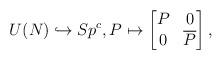
LaTeX: \begin{align*}U(N)\hookrightarrow Sp^c,P\mapsto\begin{bmatrix} P & 0 \\ 0 & \overline{P}\end{bmatrix},\end{align*}